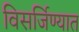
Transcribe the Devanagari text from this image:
विसर्जिण्यात